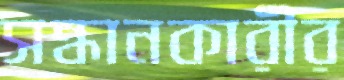
সন্ধানকারীর